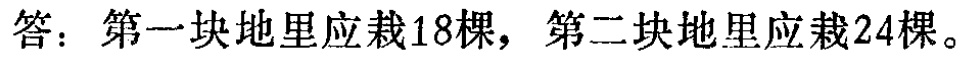
答：第一块地里应栽18棵，第二块地里应栽24棵。